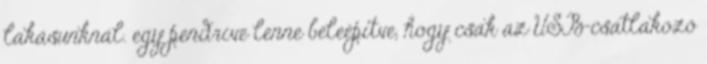
lakásunknál. egy pendrive lenne beleépítve, hogy csak az USB-csatlakozó